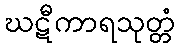
ဃဋီကာရသုတ္တံ